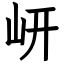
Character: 岍